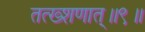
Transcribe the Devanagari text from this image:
तत्ख्शणात्॥९॥